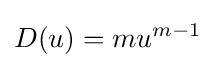
D(u)=mu^{m-1}